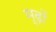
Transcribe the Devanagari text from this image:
मूढ़ों